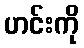
ဟင်းကို